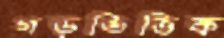
গড়ভিত্তিক